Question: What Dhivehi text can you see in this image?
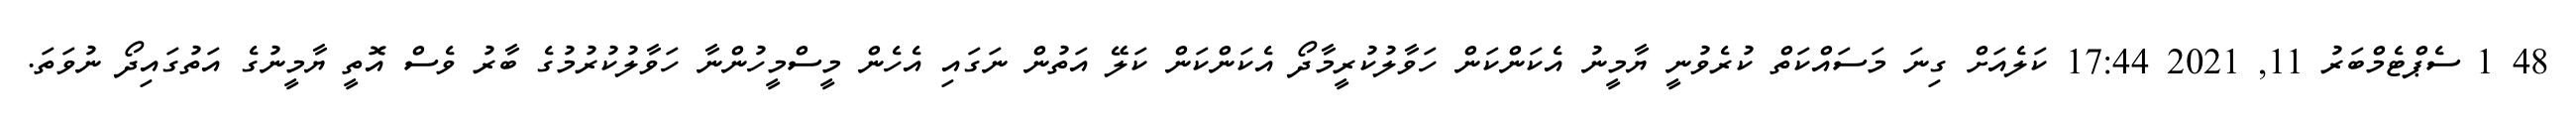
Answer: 48 1 ސެޕްޓެމްބަރު 11, 2021 17:44 ކަލެއަށް ގިނަ މަސައްކަތް ކުރެވުނީ ޔާމީނު އެކަންކަން ހަވާލުކުރީމާދޯ އެކަންކަން ކަލޭ އަތުން ނަގައި އެހެން މީސްމީހުންނާ ހަވާލުކުރުމުގެ ބާރު ވެސް އޮތީ ޔާމީނުގެ އަތުގައިދޯ ނުވަތަ.